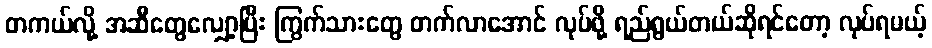
တကယ်လို့ အဆီတွေလျှော့ပြီး ကြွက်သားတွေ တက်လာအောင် လုပ်ဖို့ ရည်ရွယ်တယ်ဆိုရင်တော့ လုပ်ရမယ့်